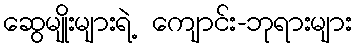
ဆွေမျိုးများရဲ့ ကျောင်း-ဘုရားများ